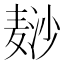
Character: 𱋘